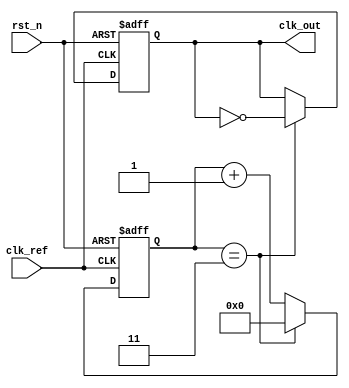
module integer_n_pll (
    input wire clk_ref,           // Reference clock input
    input wire rst_n,            // Active low reset
    output reg clk_out           // Output clock
);

// Parameters
parameter N = 4;                // Division factor
parameter PHASE_WIDTH = 8;      // Width for phase representation
parameter FILTER_WIDTH = 8;      // Width for loop filter output

// Internal signals
reg [PHASE_WIDTH-1:0] phase_ref; // Phase of reference clock
reg [PHASE_WIDTH-1:0] phase_fb;  // Phase of feedback clock
reg [FILTER_WIDTH-1:0] error_signal; // Error signal from PD
reg [FILTER_WIDTH-1:0] control_voltage; // Control voltage for VCO
reg [FILTER_WIDTH-1:0] loop_filter; // Loop filter output
reg [FILTER_WIDTH-1:0] vco_output; // VCO output frequency
reg [N-1:0] counter; // Frequency divider counter

// Phase Detector (PD)
always @(posedge clk_ref or negedge rst_n) begin
    if (!rst_n) begin
        phase_ref <= 0;
        phase_fb <= 0;
        error_signal <= 0;
    end else begin
        // Simple phase comparison logic
        phase_ref <= phase_ref + 1; // Increment phase reference
        phase_fb <= phase_fb + 1;    // Increment feedback phase
        error_signal <= phase_ref - phase_fb; // Calculate phase error
    end
end

// Loop Filter (LF)
always @(posedge clk_ref or negedge rst_n) begin
    if (!rst_n) begin
        loop_filter <= 0;
    end else begin
        // Simple first-order low-pass filter
        loop_filter <= loop_filter + (error_signal >> 1); // Smoothing error signal
        control_voltage <= loop_filter; // Control voltage for VCO
    end
end

// Voltage-Controlled Oscillator (VCO)
always @(posedge clk_ref or negedge rst_n) begin
    if (!rst_n) begin
        vco_output <= 0;
    end else begin
        // Generate output frequency based on control voltage
        vco_output <= control_voltage; // Simplified VCO output
    end
end

// Frequency Divider (N)
always @(posedge clk_ref or negedge rst_n) begin
    if (!rst_n) begin
        counter <= 0;
        clk_out <= 0;
    end else begin
        if (counter == (N - 1)) begin
            clk_out <= ~clk_out; // Toggle output clock
            counter <= 0; // Reset counter
        end else begin
            counter <= counter + 1; // Increment counter
        end
    end
end

endmodule